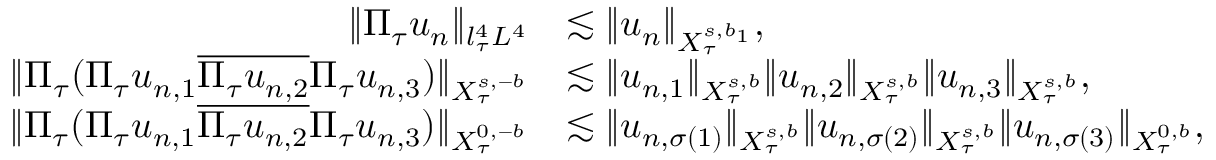
\begin{array} { r l } { \Vert \Pi _ { \tau } u _ { n } \Vert _ { l _ { \tau } ^ { 4 } L ^ { 4 } } } & { \lesssim \Vert u _ { n } \Vert _ { X _ { \tau } ^ { s , b _ { 1 } } } , } \\ { \Vert \Pi _ { \tau } ( \Pi _ { \tau } u _ { n , 1 } \overline { { \Pi _ { \tau } u _ { n , 2 } } } \Pi _ { \tau } u _ { n , 3 } ) \Vert _ { X _ { \tau } ^ { s , - b } } } & { \lesssim \Vert u _ { n , 1 } \Vert _ { X _ { \tau } ^ { s , b } } \Vert u _ { n , 2 } \Vert _ { X _ { \tau } ^ { s , b } } \Vert u _ { n , 3 } \Vert _ { X _ { \tau } ^ { s , b } } , } \\ { \Vert \Pi _ { \tau } ( \Pi _ { \tau } u _ { n , 1 } \overline { { \Pi _ { \tau } u _ { n , 2 } } } \Pi _ { \tau } u _ { n , 3 } ) \Vert _ { X _ { \tau } ^ { 0 , - b } } } & { \lesssim \Vert u _ { n , \sigma ( 1 ) } \Vert _ { X _ { \tau } ^ { s , b } } \Vert u _ { n , \sigma ( 2 ) } \Vert _ { X _ { \tau } ^ { s , b } } \Vert u _ { n , \sigma ( 3 ) } \Vert _ { X _ { \tau } ^ { 0 , b } } , } \end{array}